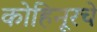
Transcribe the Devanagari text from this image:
कोहिनूरचे